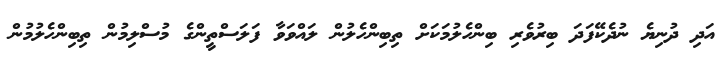
އަދި ދުނިޔެ ނުދެކޭފަދަ ބިރުވެރި ބިންހެލުމަކަށް ތިބިންހެލުން ލައްވަވާ ފަލަސްތީންގެ މުސްލިމުން ތިބިންހެލުމުން